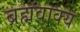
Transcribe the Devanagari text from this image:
ब्रह्मवाक्‍य